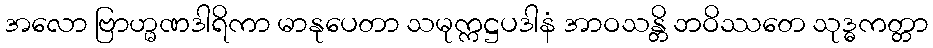
အလော ဗြာဟ္မဏဒါရိကာ မာနုပေတာ သမုက္ကဋ္ဌပဒါနံ အာဝသန္တိ ဘဝိဿတေ သုဒ္ဓကတ္တာ